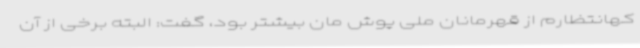
کهانتظارم از قهرمانان ملی پوش مان بیشتر بود، گفت: البته برخی از آن